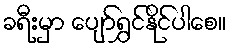
ခရီးမှာ ပျော်ရွှင်နိုင်ပါစေ။